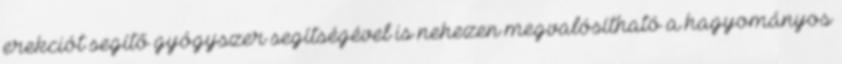
erekciót segítő gyógyszer segítségével is nehezen megvalósítható a hagyományos